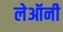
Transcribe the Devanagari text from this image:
लेऑनी